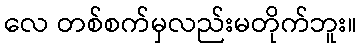
လေ တစ်စက်မှလည်းမတိုက်ဘူး။